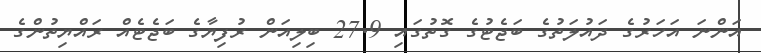
އަންނަ އަހަރުގެ ދައުލަތުގެ ބަޖެޓުގެ ގޮތުގައި 27.9 ބިލިއަން ރުފިޔާގެ ބަޖެޓެއް ރައްޔިތުންގެ